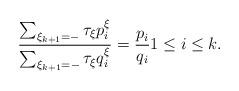
LaTeX: \begin{align*}\frac{\sum_{\xi_{k+1}=-}\tau_\xi p^{\xi}_i}{\sum_{\xi_{k+1}=-}\tau_\xi q^{\xi}_i}=\frac{p_i}{q_i}1\leq i\leq k.\end{align*}